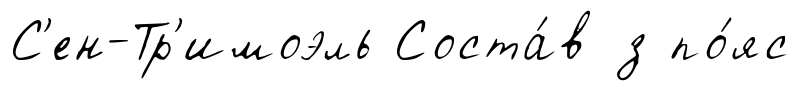
С'ен-Тр'имоэль Соста́в з по́яс